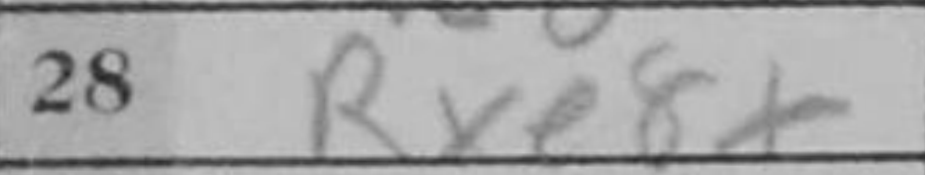
Transcription: Rxf8+